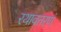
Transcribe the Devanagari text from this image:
रथावतरणं